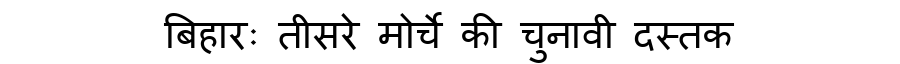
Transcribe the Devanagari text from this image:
बिहारः तीसरे मोर्चे की चुनावी दस्तक